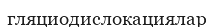
гляциодислокациялар